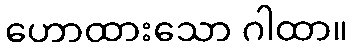
ဟောထားသော ဂါထာ။